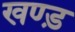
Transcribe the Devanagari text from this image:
खण्ड़